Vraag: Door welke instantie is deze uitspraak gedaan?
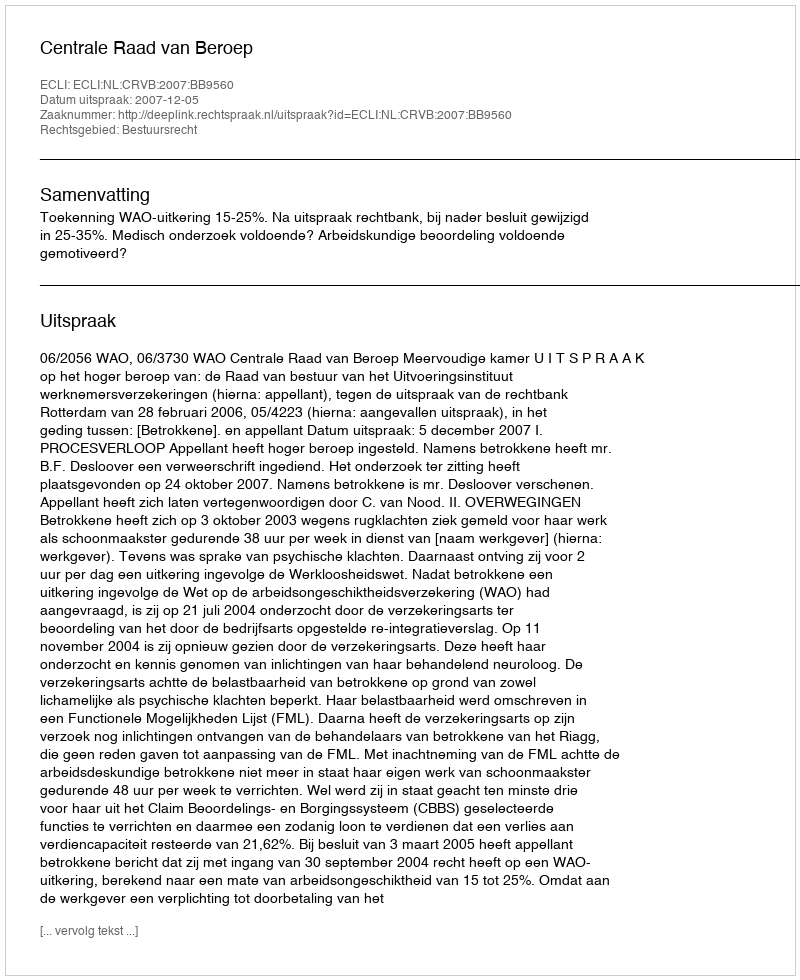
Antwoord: Centrale Raad van Beroep